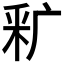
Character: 𬪺